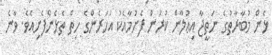
ޅެން މުބާރާތުގެ ނަތީޖާ އިޢުލާން ކުރަން ފެށުމާއެކު އަހަރެންގެ ހިތް ތެޅެންފެށިއެވެ. ވާނެ